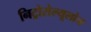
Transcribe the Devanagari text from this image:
निट्रोसेल्यूलोज